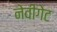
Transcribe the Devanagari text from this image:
नेवीगेट